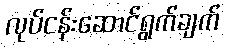
လုပ်ငန်းဆောင်ရွက်ချက်